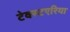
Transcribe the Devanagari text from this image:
टेक्स्टएरिया